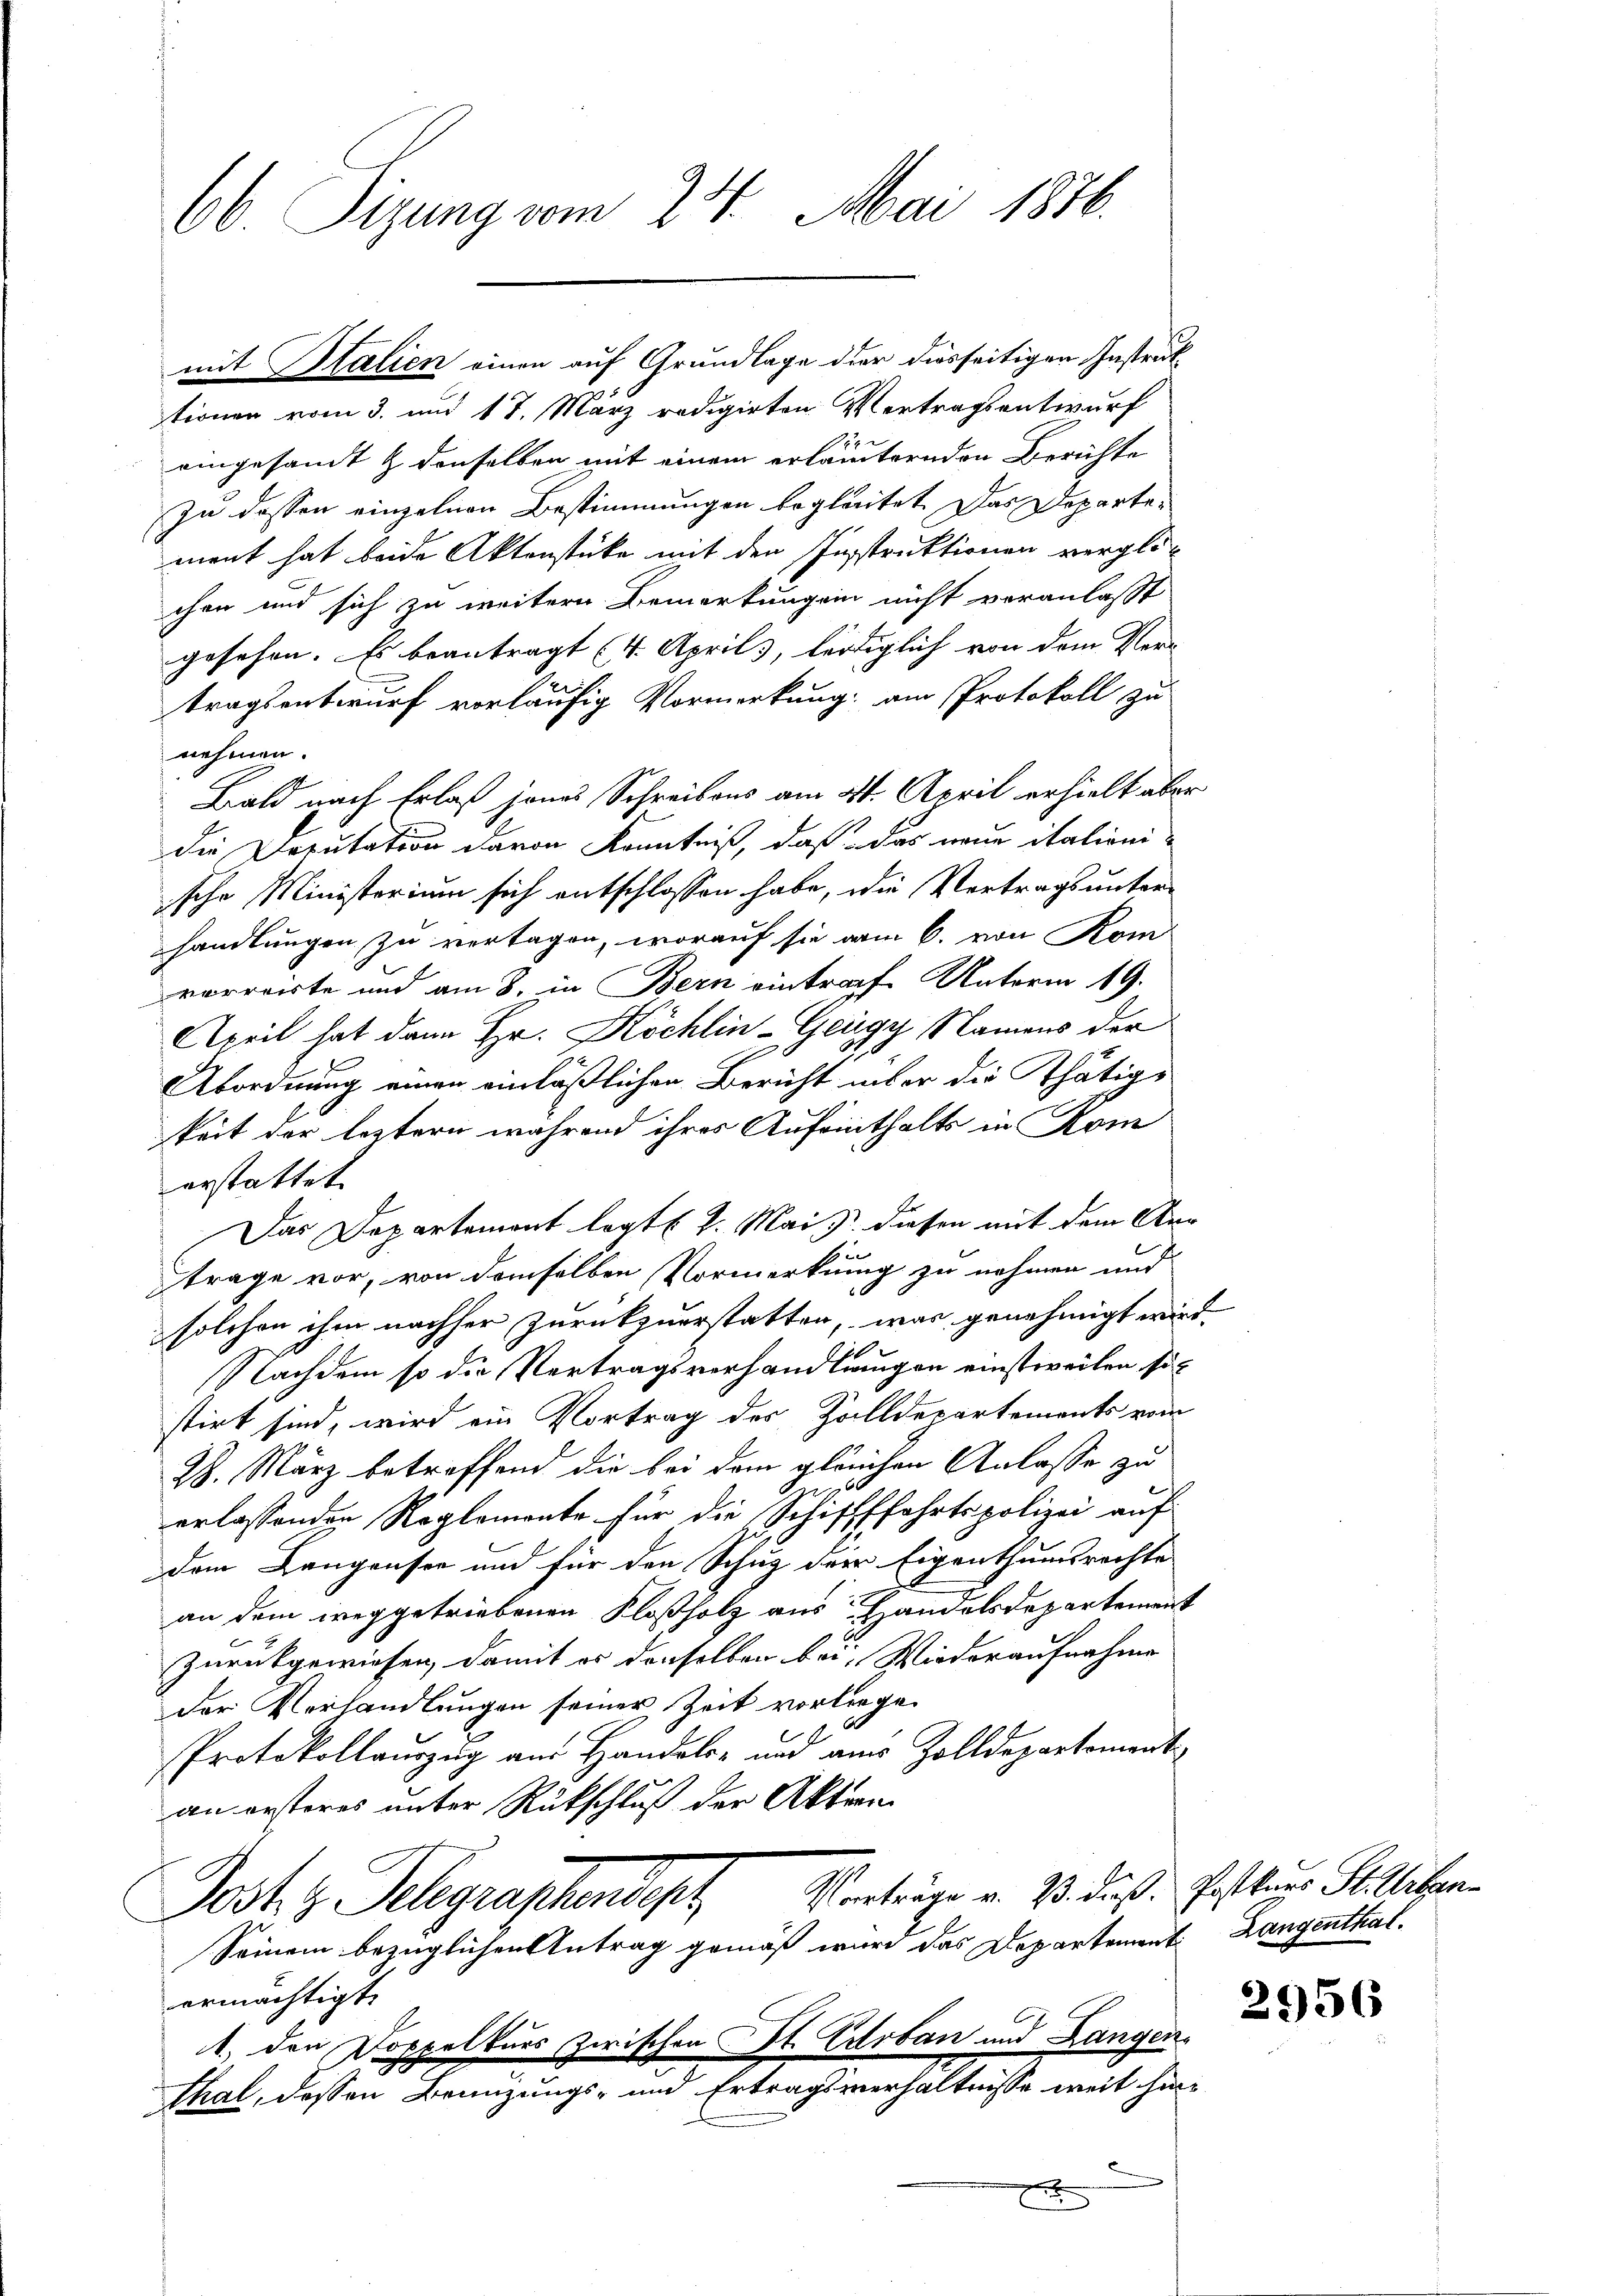
66. Sizung vom 24. Mai 1876.

tionen vom 3. und 17. März redigirten Vertragsentwurf
eingesandt & denselben mit einem erläuternden Berichte
zu dessen einzelnen Bestimmungen begleitet. Das Departement hat beide Aktenstücke mit den Instruktionen verglichen und sich zu weitern Bemerkungen nicht veranlaßt
gesehen. Es beantragt (4. Aprils, lediglich von dem Ver-
tragsentwurf vorläufig Vormerkung: am Protokoll zu
nehmen.
Bald nach Erlaß jenes Schreibens am 21. April erhielt aber
die Deputation davon Kenntniß, daß das neue italionische Ministerium sich entschlossen habe, die Vertrags unter-
handlungen zu vertagen, worauf sie vom 6. von Kom
verreiste und am 8. in Bern eintrache Unterm 19.
April hat dann Hr. Köchlin-Geügy Namens der
Abordnung einen einläßlichen Bericht über die Thätige
keit der leztern während ihres Aufenthalts in Kom
erstattet.
Das Departemont legte. 2. Mai diesen mit dem Ari
trage vor, von demselben Vormerkung zu nehmen und
solchen ihm nachher zurückzuerstatten, was genehmigt wird.
Nachdem so die Vertragsverhandlungen einstweilen si
stirt sind, wird ein Vortrag des Zolldepartements vom
28. März betreffend die bei dem gleichen Anlasse zu
erlassenden Reglemente für die Schiffffahrtspolizei auf
dem Langensee und für den Schug der Eigenthumsrechte
an dem weggetriebenen Floßholz aus Handelsdepartement
Zurückgewiesen, damit er denselben bei Wiederaufnahme
der Verhandlungen seiner Zeit vorliege.
Protokollauszug aus Handels- und aus Zolldepartement
an ersteres unter Rückschluß der Akten
Vorträge v. 3. daß. Postkurs St. Urban¬
Post z. Schgraphendesh
Seinem bezüglichen Antrag gemäß wird das Departement Langenthalermächtigt.
. den Doppelkurs zwischen St. Erbau und Langen¬
Thal, dessen Benuzungs- und Ertragsverhältnisse weit hinx

mit Stalien einen auf Grundlage der diesseitigen Instruk

2956